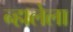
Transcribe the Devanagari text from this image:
न्हालेला